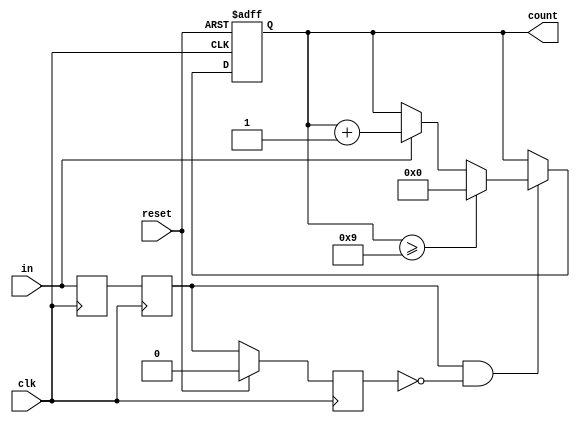
`timescale 1ns / 1ps
//////////////////////////////////////////////////////////////////////////////////
// Company: 
// Engineer: 
// 
// Design Name: 
// Module Name: counter
// Project Name: 
// Target Devices: 
// Tool Versions: 
// Description: 
// 
// Dependencies: 
// 
// Revision:
// Revision 0.01 - File Created
// Additional Comments:
// 
//////////////////////////////////////////////////////////////////////////////////


module counter(input clk, reset,in, output reg [3:0]count);
reg pushing, pushing_sync, pushing_fn;
wire pushing_edge;

always @(posedge clk) begin
pushing<=in;
pushing_sync<=pushing;
end

always @(posedge clk) begin
    if(reset) begin
    pushing_fn<=1'b0;
    end 
    else begin
    pushing_fn<=pushing_sync;
    end
end

assign pushing_edge=pushing_sync&~pushing_fn;

always @(posedge clk, posedge reset) begin
 if (reset)
 count <= 4'b0000; // non blocking assignment
 else begin
 if(pushing_edge) begin
 if(in) begin
 count <= count + 1; // non blocking assignment
 end
 if(count>=4'b1001) begin
 count<=4'b0000;
 end
 end
end
end
endmodule